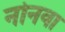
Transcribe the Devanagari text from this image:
नोनवा